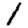
Digit: 1